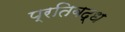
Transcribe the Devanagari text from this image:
प्रतिबद्ध